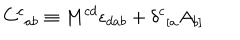
LaTeX: { C ^ { c } } _ { a b } \equiv M ^ { c d } \epsilon _ { d a b } + { \delta ^ { c } } _ { [ a } A _ { b ] }